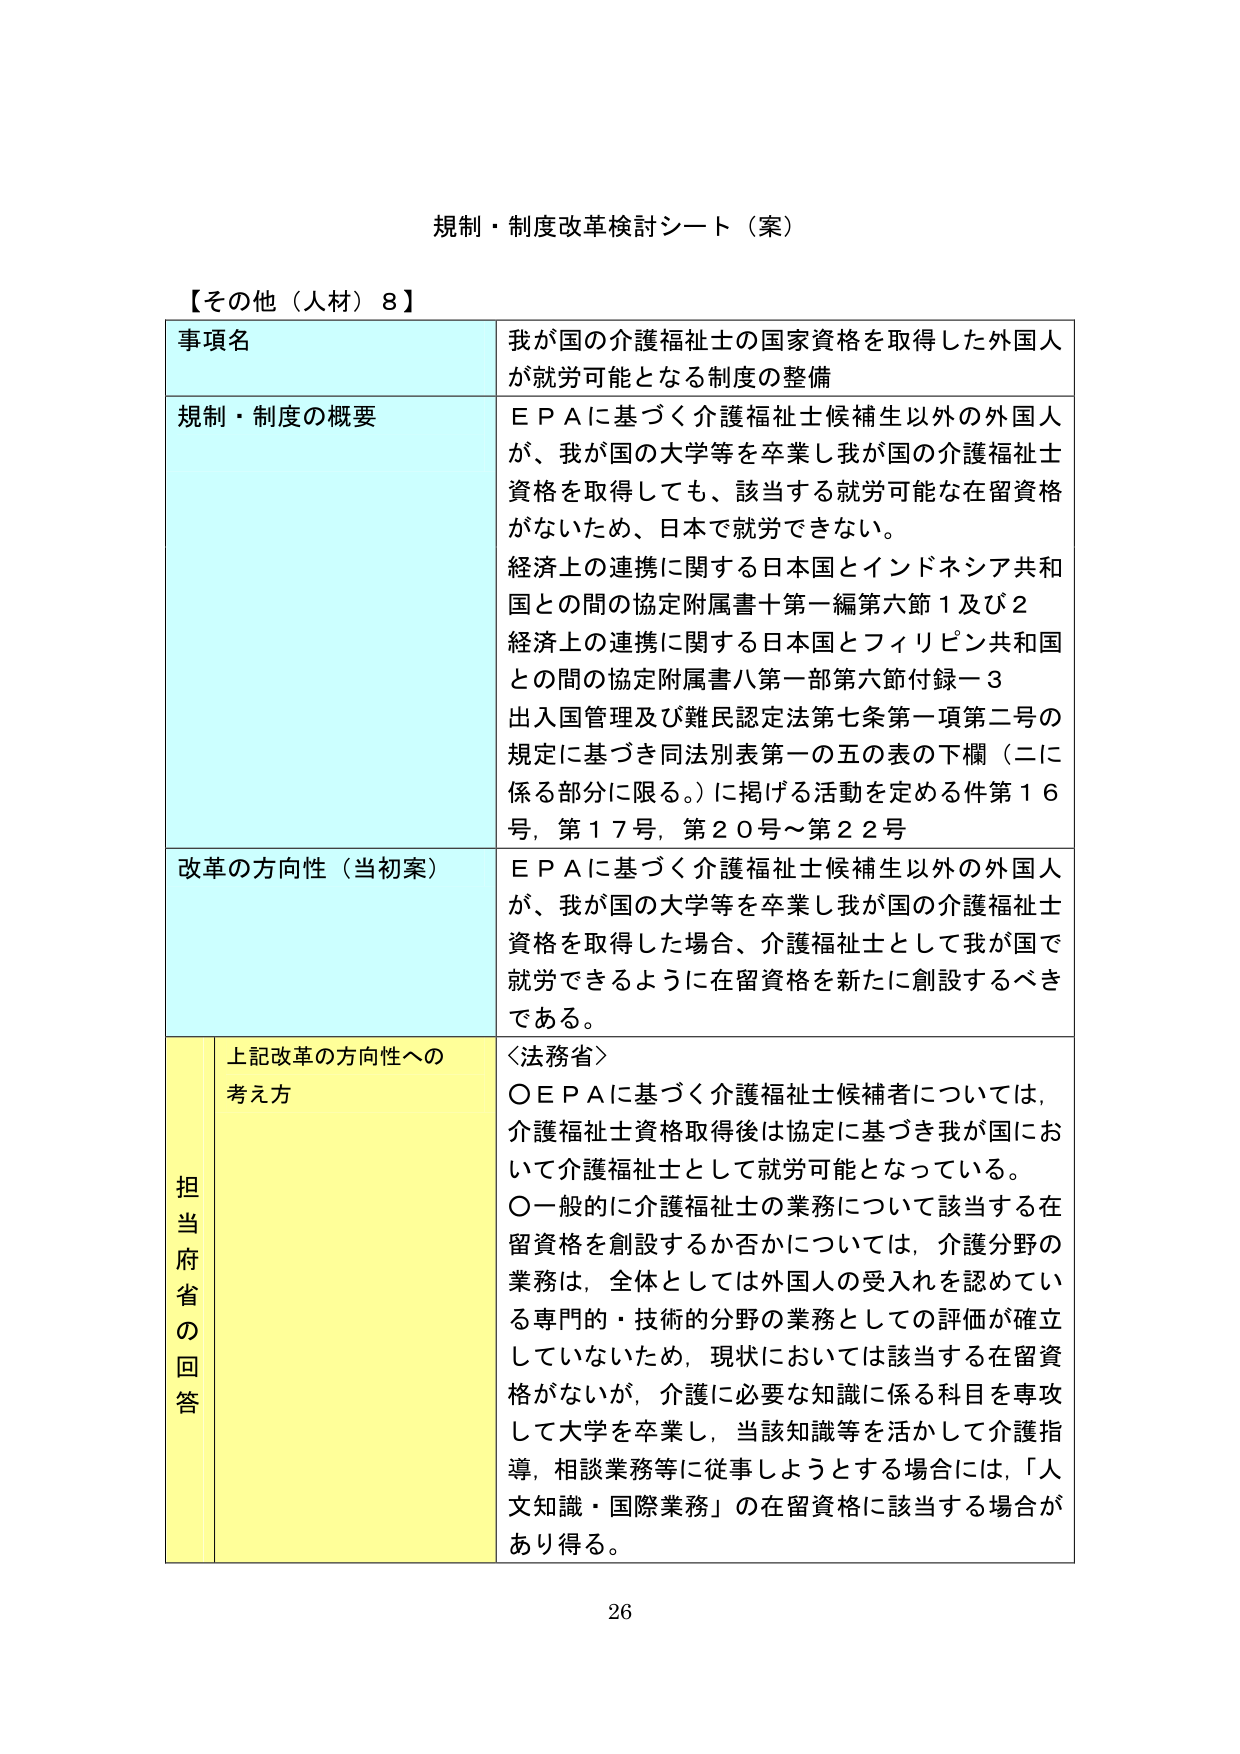
規制・制度改革検討シート（案）

【その他（人材）8】

事項名　我が国の介護福祉士の国家資格を取得した外国人が就労可能となる制度の整備

規制・制度の概要　ＥＰＡに基づく介護福祉士候補生以外の外国人が、我が国の大学等を卒業し我が国の介護福祉士資格を取得しても、該当する就労可能な在留資格がないため、日本で就労できない。
経済上の連携に関する日本国とインドネシア共和国との間の協定附属書十第一編第六節１及び２
経済上の連携に関する日本国とフィリピン共和国との間の協定附属書八第一部第六節付録－３
出入国管理及び難民認定法第七条第一項第二号の規定に基づき同法別表第一の五の表の下欄（二に係る部分に限る。）に掲げる活動を定める件第１６号，第１７号，第２０号～第２２号

改革の方向性（当初案）　ＥＰＡに基づく介護福祉士候補生以外の外国人が、我が国の大学等を卒業し我が国の介護福祉士資格を取得した場合、介護福祉士として我が国で就労できるように在留資格を新たに創設するべきである。

担当府省の回答　上記改革の方向性への考え方　〈法務省〉
○ＥＰＡに基づく介護福祉士候補者については、介護福祉士資格取得後は協定に基づき我が国において介護福祉士として就労可能となっている。
○一般的に介護福祉士の業務について該当する在留資格を創設するか否かについては、介護分野の業務は、全体としては外国人の受入れを認めている専門的・技術的分野の業務としての評価が確立していないため、現状においては該当する在留資格がないが、介護に必要な知識に係る科目を専攻して大学を卒業し、当該知識等を活かして介護指導、相談業務等に従事しようとする場合には、「人文知識・国際業務」の在留資格に該当する場合があり得る。

26